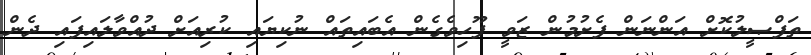
ތަފްޞީލުކޮށް އަންނަން ފެށުމުން ޒަވީ ފޫހިވެގެން އެބައިތައް ނުކިޔައި ކުރިއަށް ދުއްވާލައިފައި ދެން